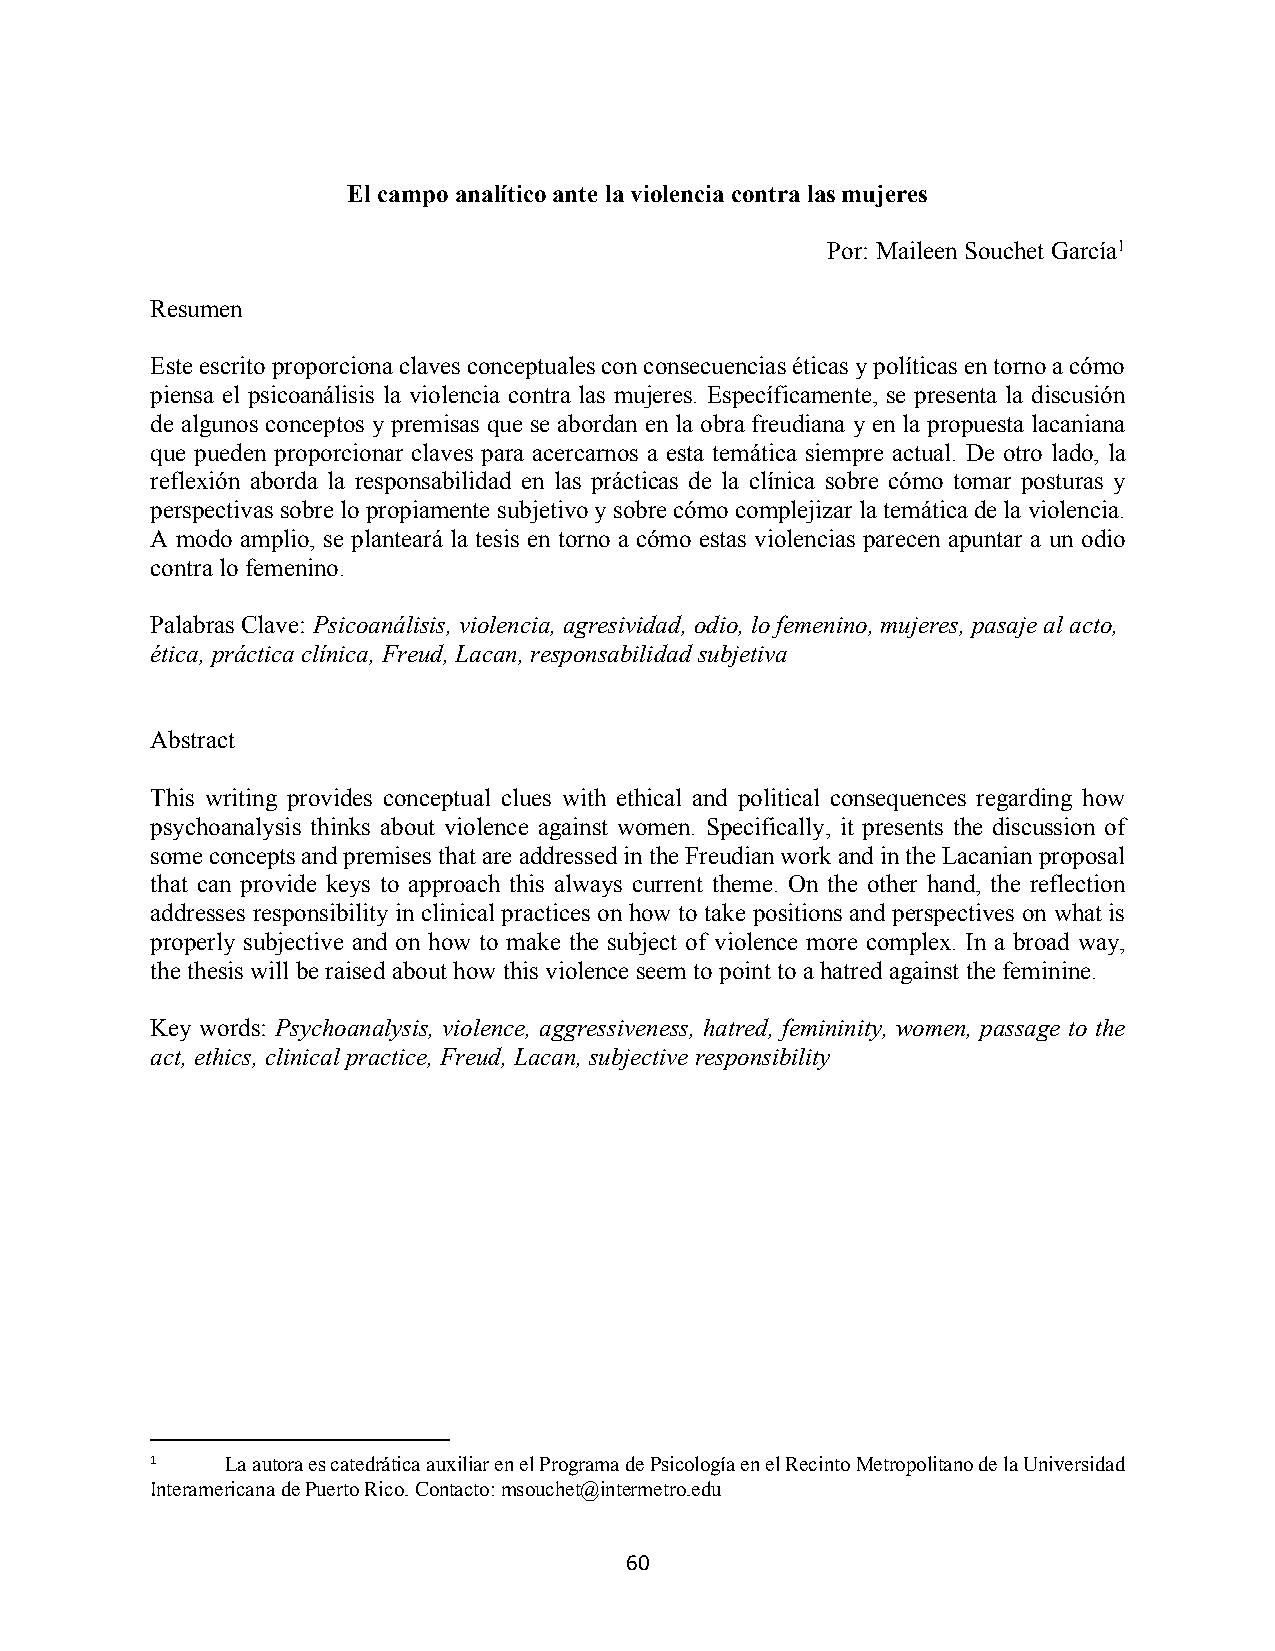
El campo analítico ante la violencia contra las mujeres
 Por: Maileen Souchet García1
 Resumen
 Este escrito proporciona claves conceptuales con consecuencias éticas y políticas en torno a cómo
 piensa el psicoanálisis la violencia contra las mujeres. Específicamente, se presenta la discusión
 de algunos conceptos y premisas que se abordan en la obra freudiana y en la propuesta lacaniana
 que pueden proporcionar claves para acercarnos a esta temática siempre actual. De otro lado, la
 reflexión aborda la responsabilidad en las prácticas de la clínica sobre cómo tomar posturas y
 perspectivas sobre lo propiamente subjetivo y sobre cómo complejizar la temática de la violencia.
 A modo amplio, se planteará la tesis en torno a cómo estas violencias parecen apuntar a un odio
 contra lo femenino.
 Palabras Clave: Psicoanálisis, violencia, agresividad, odio, lo femenino, mujeres, pasaje al acto,
 ética, práctica clínica, Freud, Lacan, responsabilidad subjetiva
 Abstract
 This writing provides conceptual clues with ethical and political consequences regarding how
 psychoanalysis thinks about violence against women. Specifically, it presents the discussion of
 some concepts and premises that are addressed in the Freudian work and in the Lacanian proposal
 that can provide keys to approach this always current theme. On the other hand, the reflection
 addresses responsibility in clinical practices on how to take positions and perspectives on what is
 properly subjective and on how to make the subject of violence more complex. In a broad way,
 the thesis will be raised about how this violence seem to point to a hatred against the feminine.
 Key words: Psychoanalysis, violence, aggressiveness, hatred, femininity, women, passage to the
 act, ethics, clinical practice, Freud, Lacan, subjective responsibility
 1    La autora es catedrática auxiliar en el Programa de Psicología en el Recinto Metropolitano de la Universidad
 Interamericana de Puerto Rico. Contacto: msouchet@intermetro.edu
 60